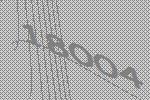
18004